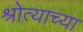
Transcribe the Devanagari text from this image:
श्रोत्याच्या